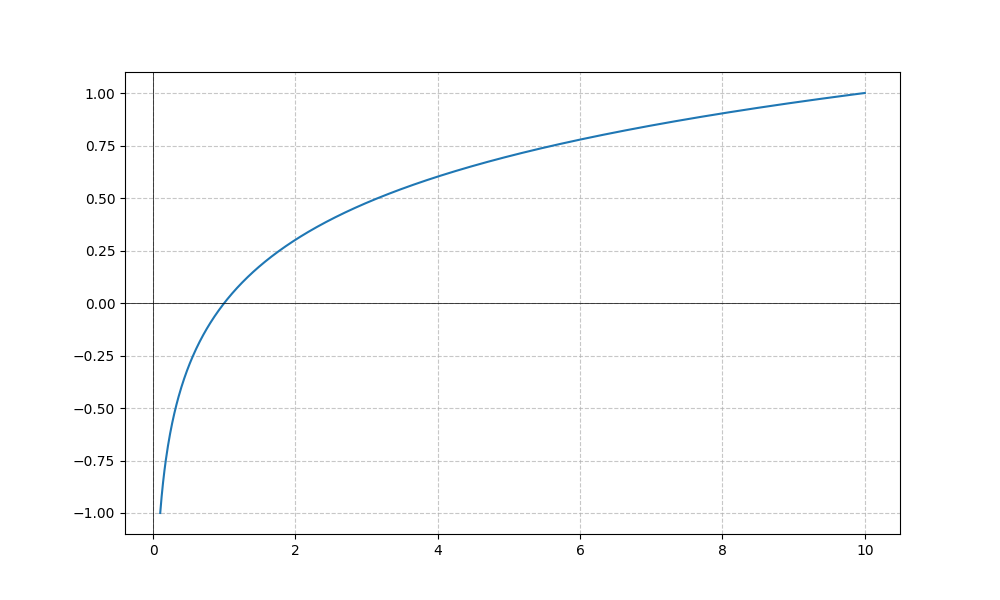
LaTeX formula: \frac{\log{\left(x \right)}}{\log{\left(10 \right)}}